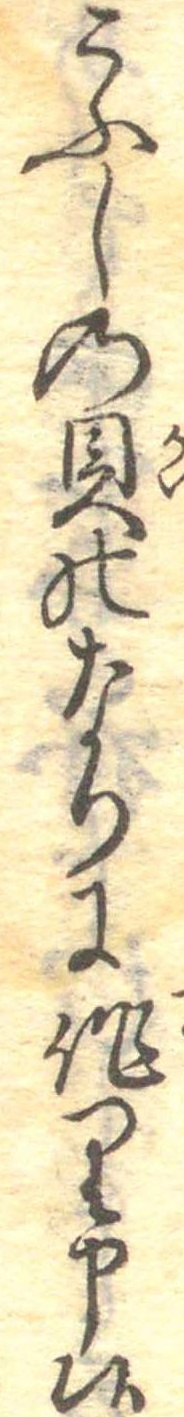
こふしの貝のなりに作り申候